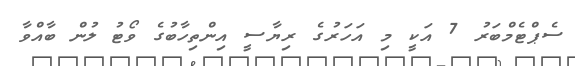
ސެޕްޓެމްބަރު 7 އަކީ މި އަހަރުގެ ރިޔާސީ އިންތިހާބުގެ ވޯޓު ލުން ބާއްވާ